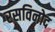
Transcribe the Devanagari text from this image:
रसविनोद